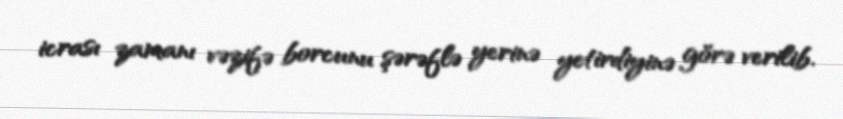
icrası zamanı vəzifə borcunu şərəflə yerinə yetirdiyinə görə verilib.